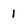
Character: 1